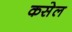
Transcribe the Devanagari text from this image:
कसेल